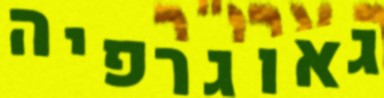
גאוגרפיה